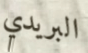
البريدي